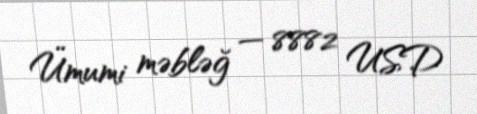
Ümumi məbləğ — 8882 USD